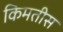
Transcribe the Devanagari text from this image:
किमतीस